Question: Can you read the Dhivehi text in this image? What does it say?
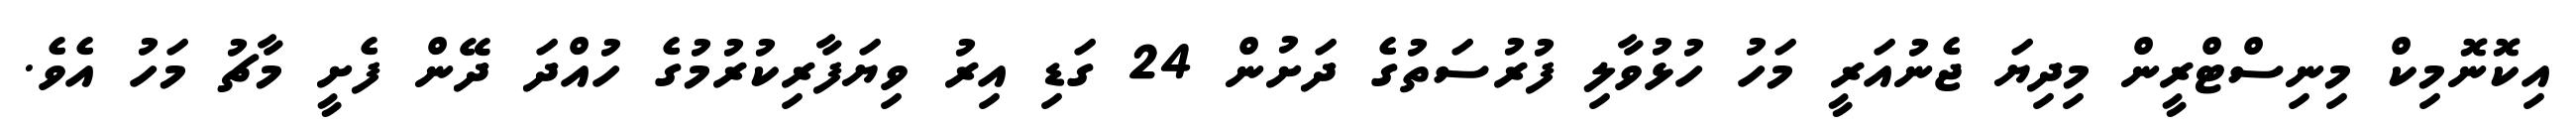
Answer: އިކޮނޮމިކް މިނިސްޓްރީން މިދިޔަ ޖެނުއަރީ މަހު ހުޅުވާލި ފުރުސަތުގެ ދަށުން 24 ގަޑި އިރު ވިޔަފާރިކުރުމުގެ ހުއްދަ ދޭން ފެށީ މާޗު މަހު އެވެ.